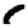
Digit: 1